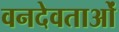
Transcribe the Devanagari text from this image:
वनदेवताओं